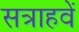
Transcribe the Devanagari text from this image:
सत्राहवें